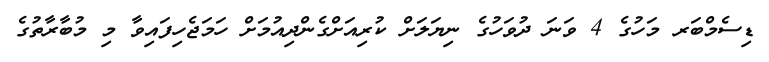
ޑިސެމްބަރ މަހުގެ 4 ވަނަ ދުވަހުގެ ނިޔަލަށް ކުރިއަށްގެންދިއުމަށް ހަމަޖެހިފައިވާ މި މުބާރާތުގެ